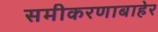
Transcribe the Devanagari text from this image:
समीकरणाबाहेर